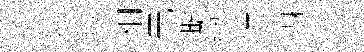
俸喜相元嘶總特竧